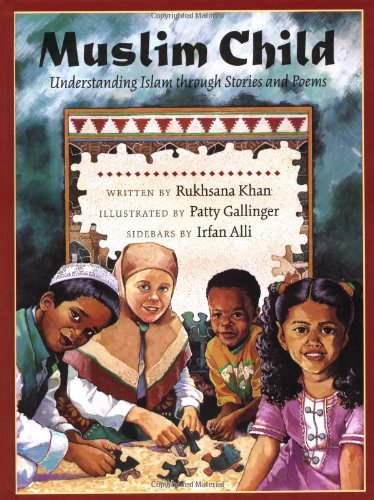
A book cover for Muslim Child: Understanding Islam Through Stories and Poems; Rukhsana Khan; Children's Books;